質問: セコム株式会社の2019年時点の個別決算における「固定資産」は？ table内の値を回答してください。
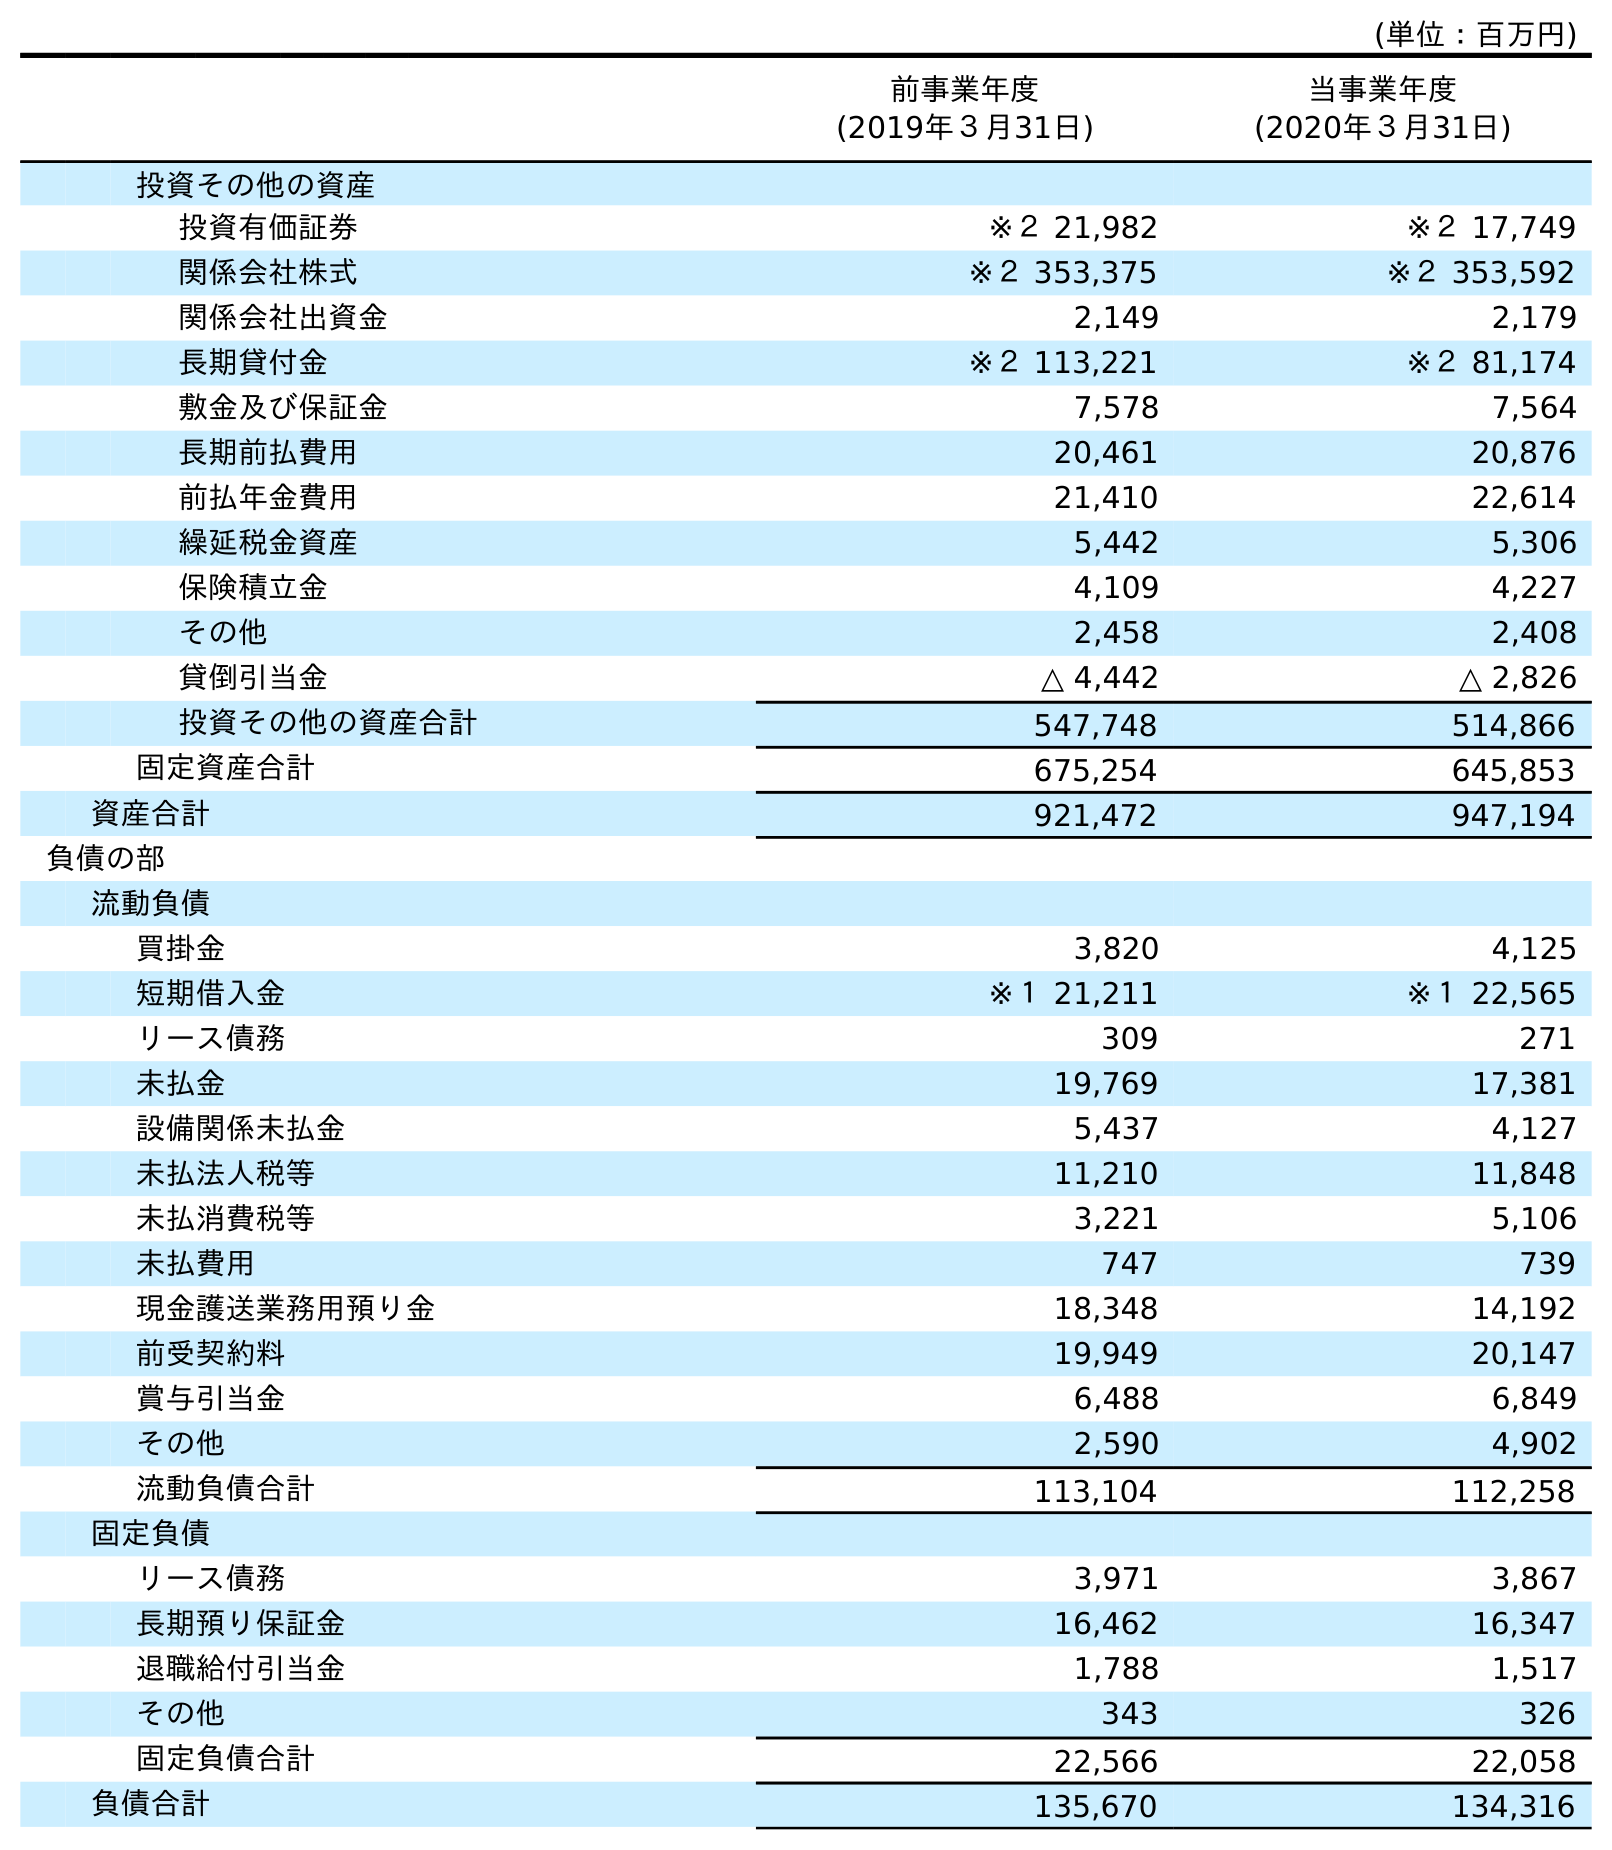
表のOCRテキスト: (単位：百万円) 前事業年度 (2019年３月31日) 当事業年度 (2020年３月31日) 投資その他の資産 投資有価証券 ※２ 21,982 ※２ 17,749 関係会社株式 ※２ 353,375 ※２ 353,592 関係会社出資金 2,149 2,179 長期貸付金 ※２ 113,221 ※２ 81,174 敷金及び保証金 7,578 7,564 長期前払費用 20,461 20,876 前払年金費用 21,410 22,614 繰延税金資産 5,442 5,306 保険積立金 4,109 4,227 その他 2,458 2,408 貸倒引当金 △ 4,442 △ 2,826 投資その他の資産合計 547,748 514,866 固定資産合計 675,254 645,853 資産合計 921,472 947,194 負債の部 流動負債 買掛金 3,820 4,125 短期借入金 ※１ 21,211 ※１ 22,565 リース債務 309 271 未払金 19,769 17,381 設備関係未払金 5,437 4,127 未払法人税等 11,210 11,848 未払消費税等 3,221 5,106 未払費用 747 739 現金護送業務用預り金 18,348 14,192 前受契約料 19,949 20,147 賞与引当金 6,488 6,849 その他 2,590 4,902 流動負債合計 113,104 112,258 固定負債 リース債務 3,971 3,867 長期預り保証金 16,462 16,347 退職給付引当金 1,788 1,517 その他 343 326 固定負債合計 22,566 22,058 負債合計 135,670 134,316
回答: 675,254